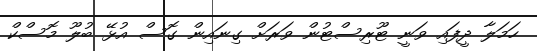
ހަމަލާ ދީފައި ވަނީ ޓޫރިސްޓުން ވަރަށް ގިނައިން ގޮސް އުޅޭ ބުލޫ މޮސްކް